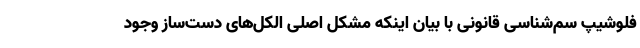
فلوشیپ سم‌شناسی قانونی با بیان اینکه مشکل اصلی الکل‌های دست‌ساز وجود